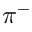
\pi ^ { - }